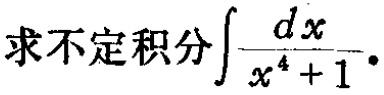
求不定积分\(\int \frac{dx}{x^{4}+1}\)。